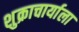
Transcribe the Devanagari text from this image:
शुक्राचार्याला